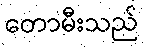
တောမီးသည်